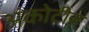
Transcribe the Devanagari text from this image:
अंकोटीन